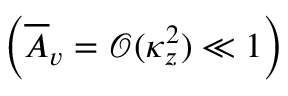
\left( \overline { { A } } _ { v } = \mathcal { O } ( \kappa _ { z } ^ { 2 } ) \ll 1 \right)